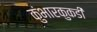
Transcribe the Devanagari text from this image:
कुंभारकुकडी